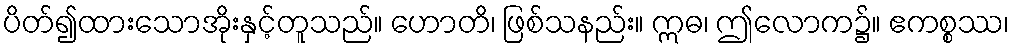
ပိတ်၍ထားသောအိုးနှင့်တူသည်။ ဟောတိ၊ ဖြစ်သနည်း။ ဣဓ၊ ဤလောက၌။ ဧကစ္စဿ၊